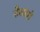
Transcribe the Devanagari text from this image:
नौकांसही